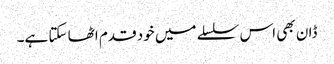
ڈان بھی اس سلسلے میں خود قدم اٹھا سکتا ہے۔